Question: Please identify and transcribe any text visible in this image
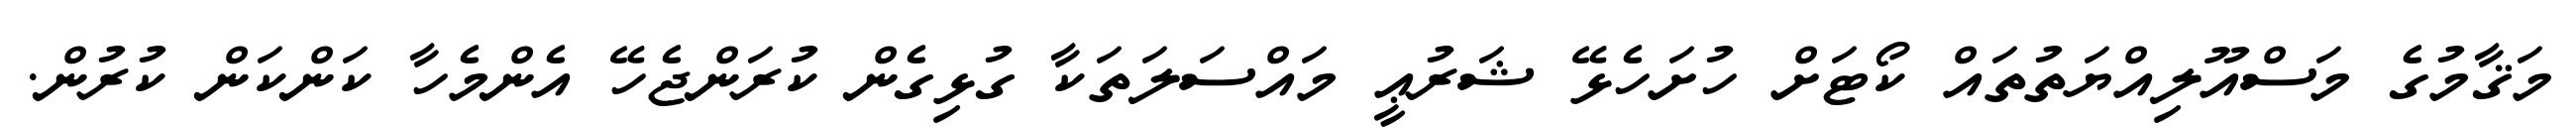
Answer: މަޤާމުގެ މަސްއޫލިއްޔަތުތައް ކޯޓަށް ހުށަހެޅޭ ޝަރުޢީ މައްސަލަތަކާ ގުޅިގެން ކުރަންޖެހޭ އެންމެހާ ކަންކަން ކުރުން.